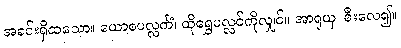
အခင်းရှိထသော။ ယောစပလ္လင်္ကံ၊ ထိုရွှေပလ္လင်ကိုလျှင်။ အာရုယှ၊ စီးလေ၍။